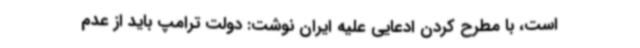
است، با مطرح کردن ادعایی علیه ایران نوشت: دولت ترامپ باید از عدم